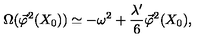
\Omega ( \vec { \varphi } ^ { 2 } ( X _ { 0 } ) ) \simeq - \omega ^ { 2 } + \frac { \lambda ^ { \prime } } { 6 } \vec { \varphi } ^ { 2 } ( X _ { 0 } ) ,